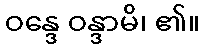
ဝန္ဒေ ဝန္ဒာမိ၊ ၏။